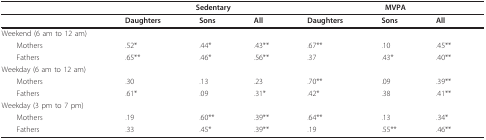
<table><thead><tr><td></td><td colspan="3"><b>Sedentary</b></td><td colspan="3"><b>MVPA</b></td></tr></thead><tbody><tr><td></td><td><b>Daughters</b></td><td><b>Sons</b></td><td><b>All</b></td><td><b>Daughters</b></td><td><b>Sons</b></td><td><b>All</b></td></tr><tr><td>Weekend (6 am to 12 am)</td><td></td><td></td><td></td><td></td><td></td><td></td></tr><tr><td> Mothers</td><td>.52*</td><td>.44*</td><td>.43**</td><td>.67**</td><td>.10</td><td>.45**</td></tr><tr><td> Fathers</td><td>.65**</td><td>.46*</td><td>.56**</td><td>.37</td><td>.43*</td><td>.40**</td></tr><tr><td>Weekday (6 am to 12 am)</td><td></td><td></td><td></td><td></td><td></td><td></td></tr><tr><td> Mothers</td><td>.30</td><td>.13</td><td>.23</td><td>.70**</td><td>.09</td><td>.39**</td></tr><tr><td> Fathers</td><td>.61*</td><td>.09</td><td>.31*</td><td>.42*</td><td>.38</td><td>.41**</td></tr><tr><td>Weekday (3 pm to 7 pm)</td><td></td><td></td><td></td><td></td><td></td><td></td></tr><tr><td> Mothers</td><td>.19</td><td>.60**</td><td>.39**</td><td>.64**</td><td>.13</td><td>.34*</td></tr><tr><td> Fathers</td><td>.33</td><td>.45*</td><td>.39**</td><td>.19</td><td>.55**</td><td>.46**</td></tr></tbody></table>